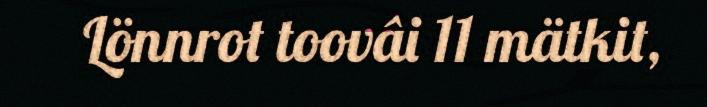
Lönnrot toovâi 11 mätkit,